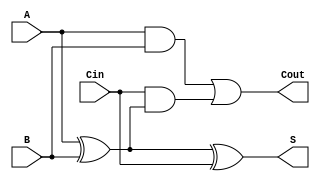
module full_adder (
    input wire A,    // First significant bit
    input wire B,    // Second significant bit
    input wire Cin,  // Carry-in bit
    output wire S,   // Sum output
    output wire Cout  // Carry-out output
);

// Internal signals
wire X; // Intermediate result for sum calculation

// Sum calculation using XOR gates
assign X = A ^ B;      // X = A XOR B
assign S = X ^ Cin;    // S = X XOR Cin

// Carry-out calculation using AND and OR gates
assign Cout = (A & B) | (Cin & X); // Cout = (A AND B) OR (Cin AND X)

endmodule